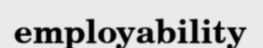
employability